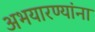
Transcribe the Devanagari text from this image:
अभयारण्यांना